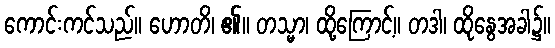
ကောင်းကင်သည်။ ဟောတိ၊ ၏။ တသ္မာ၊ ထို့ကြောင့်။ တဒါ၊ ထိုနွေအခါ၌။